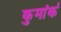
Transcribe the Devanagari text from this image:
कुमांर्क